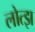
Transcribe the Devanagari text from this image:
लोत्झ